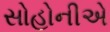
સોહોનીએ